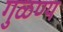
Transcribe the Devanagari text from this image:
गुळण्य